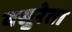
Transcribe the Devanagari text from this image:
वसुरेता